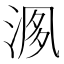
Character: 𣶘